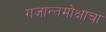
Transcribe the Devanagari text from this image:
गजान्तमोक्षाचा